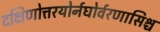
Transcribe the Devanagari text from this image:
दक्षिणोत्तरयोर्नघोर्वरणासिश्च